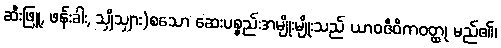
ဆီးဖြူ, ဖန်းခါး, သျှိသျှား)စသော ဆေးပစ္စည်းအမျိုးမျိုးသည် ယာဝဇီဝိကဝတ္ထု မည်၏၊